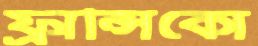
ফ্রান্সিকো